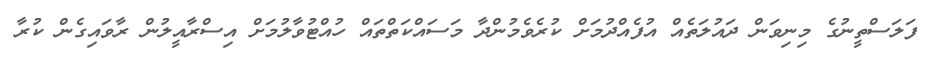
ފަލަސްތީނުގެ މިނިވަން ދައުލަތެއް އުފެއްދުމަށް ކުރެވެމުންދާ މަސައްކަތްތައް ހުއްޓުވާލުމަށް އިސްރާއީލުން ރާވައިގެން ކުރާ